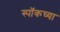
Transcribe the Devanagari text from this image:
स्पॉकच्या